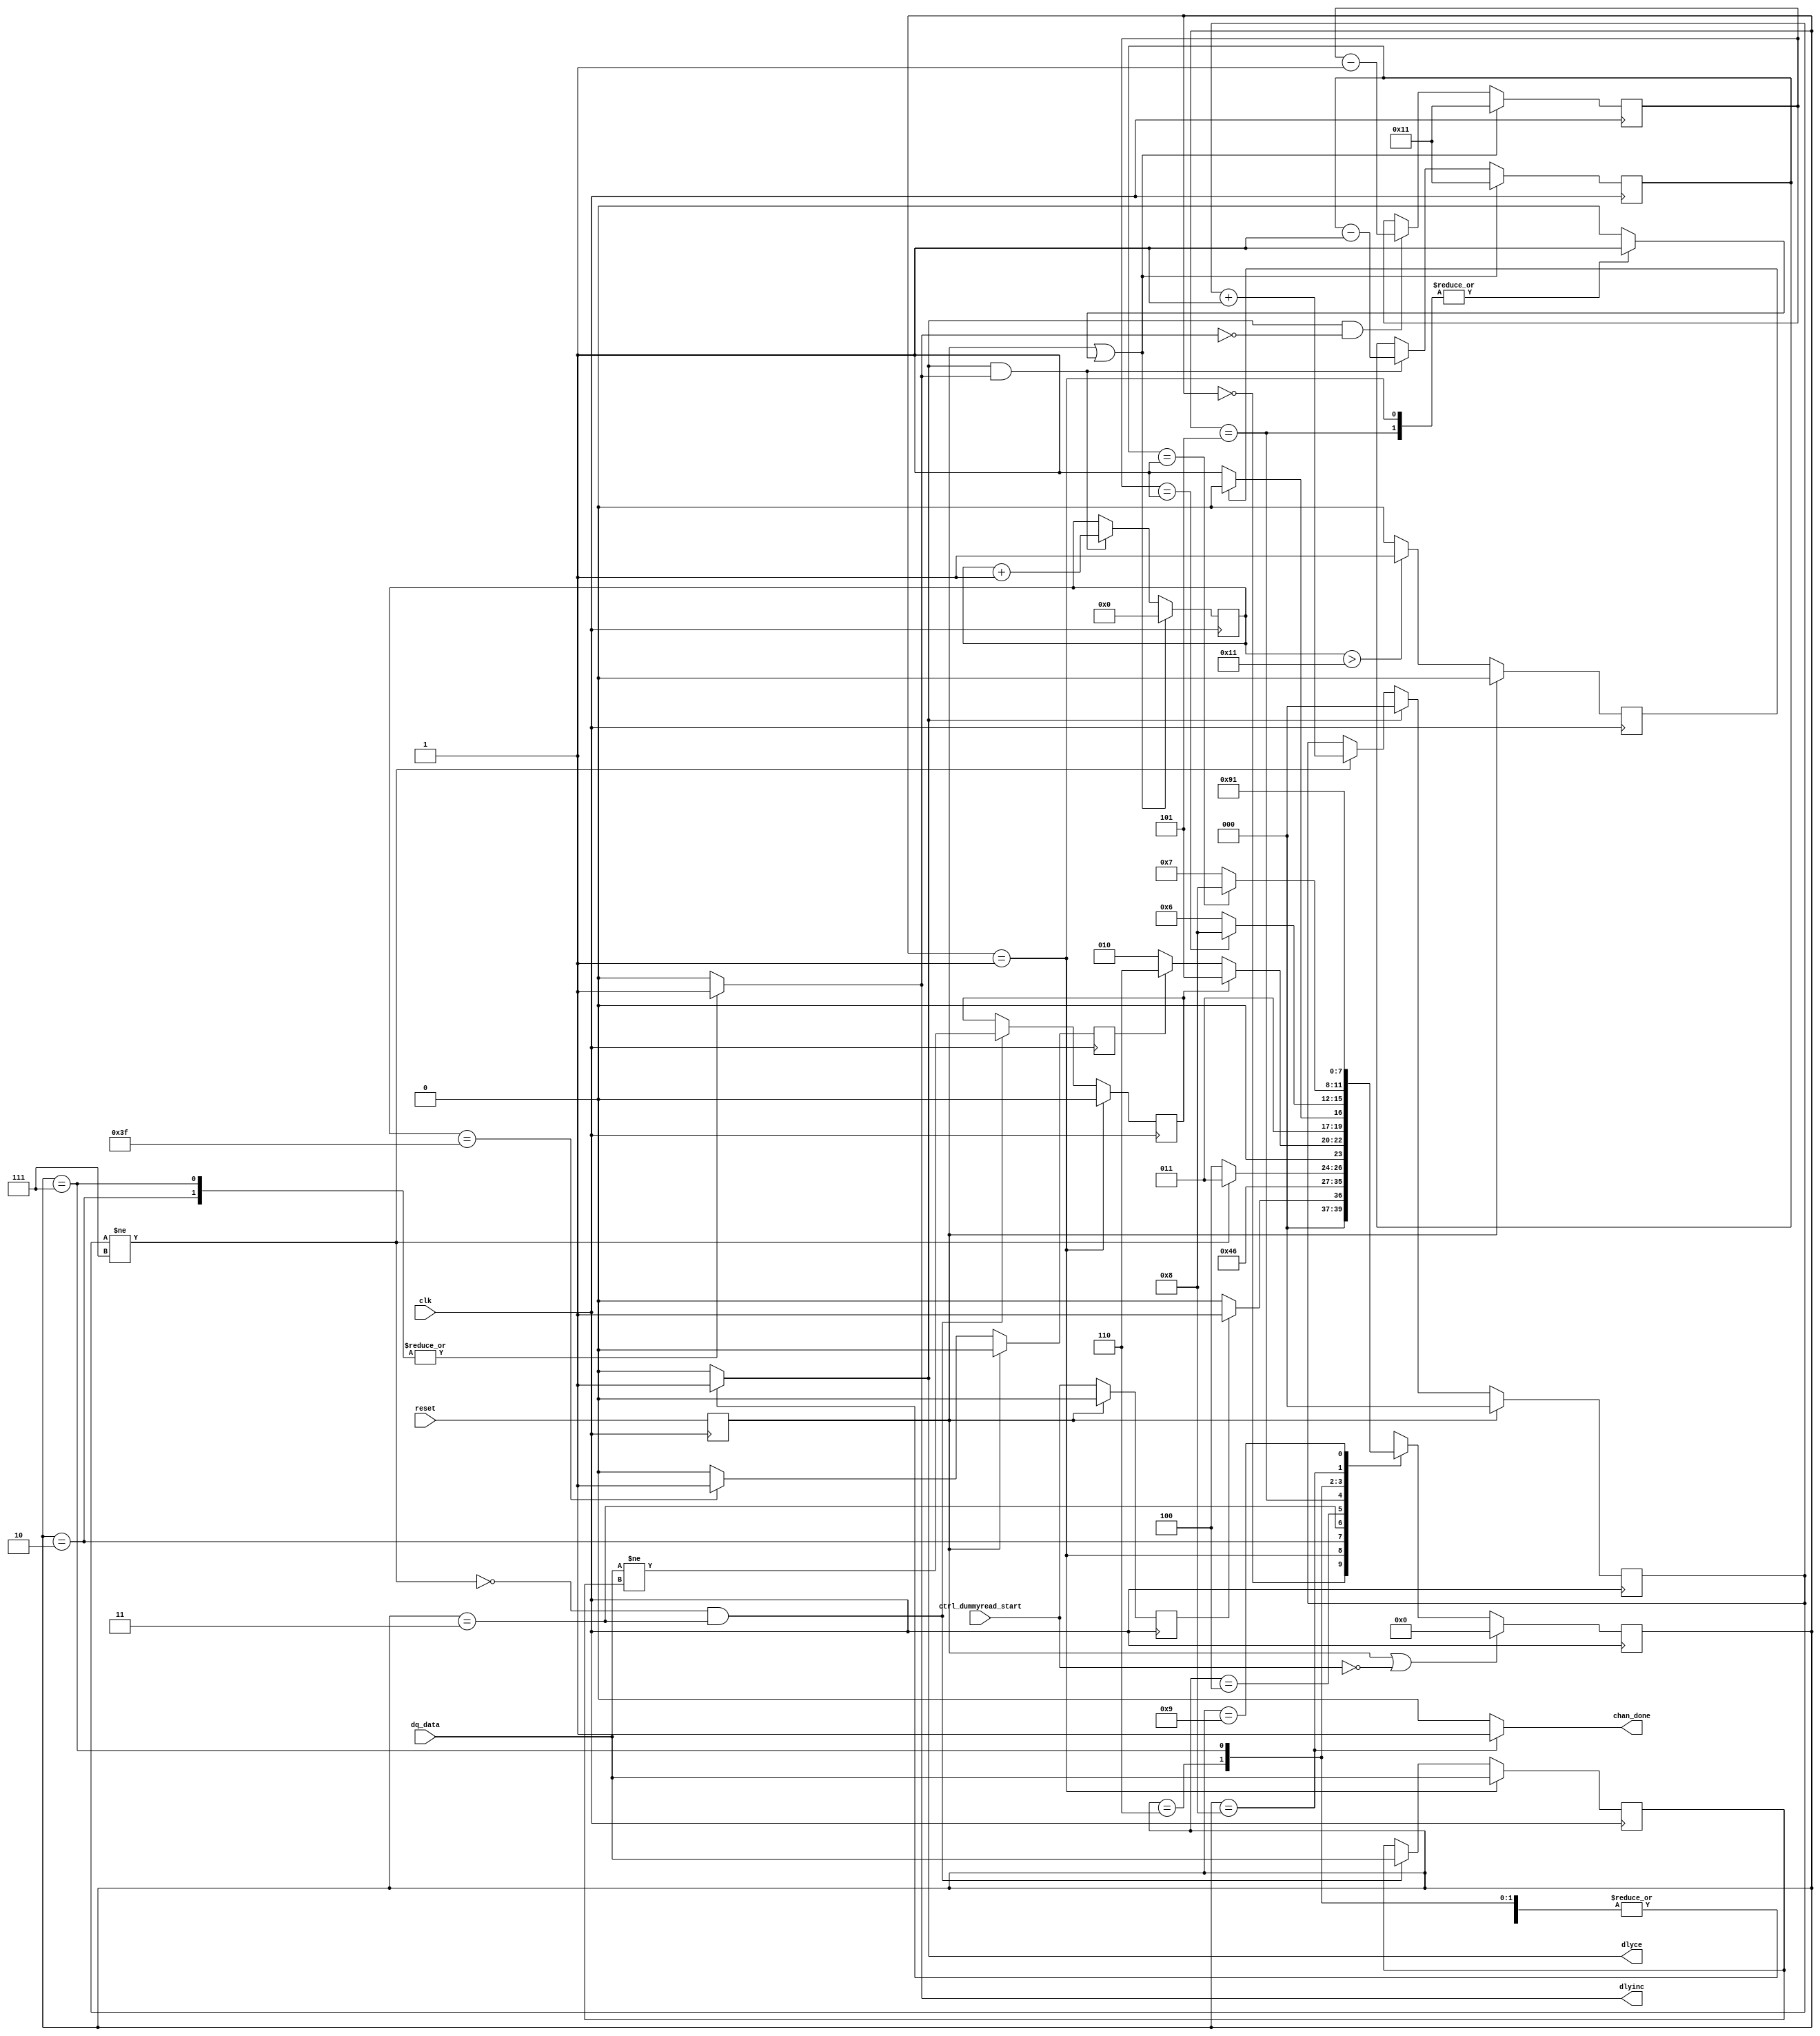
//-----------------------------------------------------------------------------
//-- (c) Copyright 2006 - 2009 Xilinx, Inc. All rights reserved.
//--
//-- This file contains confidential and proprietary information
//-- of Xilinx, Inc. and is protected under U.S. and
//-- international copyright and other intellectual property
//-- laws.
//--
//-- DISCLAIMER
//-- This disclaimer is not a license and does not grant any
//-- rights to the materials distributed herewith. Except as
//-- otherwise provided in a valid license issued to you by
//-- Xilinx, and to the maximum extent permitted by applicable
//-- law: (1) THESE MATERIALS ARE MADE AVAILABLE "AS IS" AND
//-- WITH ALL FAULTS, AND XILINX HEREBY DISCLAIMS ALL WARRANTIES
//-- AND CONDITIONS, EXPRESS, IMPLIED, OR STATUTORY, INCLUDING
//-- BUT NOT LIMITED TO WARRANTIES OF MERCHANTABILITY, NON-
//-- INFRINGEMENT, OR FITNESS FOR ANY PARTICULAR PURPOSE; and
//-- (2) Xilinx shall not be liable (whether in contract or tort,
//-- including negligence, or under any other theory of
//-- liability) for any loss or damage of any kind or nature
//-- related to, arising under or in connection with these
//-- materials, including for any direct, or any indirect,
//-- special, incidental, or consequential loss or damage
//-- (including loss of data, profits, goodwill, or any type of
//-- loss or damage suffered as a result of any action brought
//-- by a third party) even if such damage or loss was
//-- reasonably foreseeable or Xilinx had been advised of the
//-- possibility of the same.
//--
//-- CRITICAL APPLICATIONS
//-- Xilinx products are not designed or intended to be fail-
//-- safe, or for use in any application requiring fail-safe
//-- performance, such as life-support or safety devices or
//-- systems, Class III medical devices, nuclear facilities,
//-- applications related to the deployment of airbags, or any
//-- other applications that could lead to death, personal
//-- injury, or severe property or environmental damage
//-- (individually and collectively, "Critical
//-- Applications"). Customer assumes the sole risk and
//-- liability of any use of Xilinx products in Critical
//-- Applications, subject only to applicable laws and
//-- regulations governing limitations on product liability.
//--
//-- THIS COPYRIGHT NOTICE AND DISCLAIMER MUST BE RETAINED AS
//-- PART OF THIS FILE AT ALL TIMES.
//-----------------------------------------------------------------------------

`timescale 1ns/1ps

module v4_phy_tap_ctrl #
  (
   parameter integer tby4tapvalue = 17
   )
  (
   input         clk,
   input         reset,
   input         dq_data,
   input         ctrl_dummyread_start,
   output        dlyinc,
   output        dlyce,
   output        chan_done
   );

   // IDEL_SET_VAL = (# of cycles - 1) to wait after changing IDELAY value
   // we only have to wait enough for input with new IDELAY value to
   // propagate through pipeline stages
   localparam IDEL_SET_VAL = 3'b111;

   // Number of taps to be incremented or decremented after finding an edge.
   // i.e., min(32, T/4)
   localparam MAX_TAP_COUNT = (tby4tapvalue < 32) ? tby4tapvalue : 32;

   localparam    IDLE                = 4'h0;
   localparam    BIT_CALIBRATION     = 4'h1;
   localparam    INC                 = 4'h2;
   localparam    IDEL_WAIT           = 4'h3;
   localparam    EDGE                = 4'h4;
   localparam    EDGE_WAIT           = 4'h5;
   localparam    DEC                 = 4'h6;
   localparam    INC_TAPS            = 4'h7;
   localparam    DONE                = 4'h8;
   localparam    PIPE_WAIT           = 4'h9;

   reg           cal_detect_edge;
   reg           calib_start;
   reg [5:0]     curr_tap_cnt;
   reg [3:0]     current_state
                 /* synthesis syn_maxfan = 5 */;
   reg [5:0]     dec_tap_count;
   reg           dlyce_int;
   reg           dlyinc_int;
   reg           done_int;
   reg [5:0]     inc_tap_count;
   reg [2:0]     idel_set_cnt;
   wire          idel_set_wait;
   reg [3:0]     next_state
                 /* synthesis syn_maxfan = 5 */;
   reg           prev_dq;
   reg           reset_r1
                 /* synthesis syn_preserve=1 */;
   reg           tap_count_flag;
   reg           tap_count_rst;
   reg           tap_max_count_flag;

   //*******************************************************************

   // synthesis attribute equivalent_register_removal of reset_r1 is "no";
   always @( posedge clk )
     reset_r1 <= reset;

   assign dlyce = dlyce_int;
   assign dlyinc = dlyinc_int;

   // Asserted when per bit calibration complete
   assign chan_done = done_int;

   // Asserted when controller is issuing a dummy read
   always @(posedge clk)
     if (reset_r1)
       calib_start <= 1'b0;
     else
       calib_start <= ctrl_dummyread_start;

   //*******************************************************************
   // Per Bit calibration: DQ-FPGA Clock
   // Definitions:
   //  edge: detected when varying IDELAY, and current capture data != prev
   //    capture data
   // Algorithm Description:
   //  1. Starts at IDELAY tap 0 for each bit
   //  2. Increment DQ IDELAY until we find an edge.
   //  3. Once it finds an edge, decide whether its more accurate to
   //     increment or decrement by min(32, T/4).
   //  4. If no edge is found by tap 63, decrement to tap MAX_TAP_COUNT.
   //  5. Repeat for each DQ in current DQS set.
   //*******************************************************************

   // current state logic
   // synthesis attribute max_fanout of current_state is 5
   always @ (posedge clk)
     // If calibration finished, then halt state machine
     if (reset_r1 || !ctrl_dummyread_start)
       current_state <= IDLE;
     else
       current_state <= next_state;

   //*******************************************************************
   // signal to tell calibration state machines to wait and give IDELAY time to
   // settle after it's value is changed (both time for IDELAY chain to settle,
   // and for settled output to propagate through IDDR). For general use: use
   // for any calibration state machines that modify any IDELAY.
   // Should give at least enough time for IDELAY output to settle for new data
   // to propagate through IDDR.
   // For now, give very "generous" delay - doesn't really matter since only
   // needed during calibration
   //*******************************************************************

   assign idel_set_wait = (idel_set_cnt != IDEL_SET_VAL);

   always @(posedge clk)
     if (reset_r1)
       idel_set_cnt <= 3'b000;
     else if (dlyce_int)
       idel_set_cnt <= 3'b000;
     else if (idel_set_cnt != IDEL_SET_VAL)
       idel_set_cnt <= idel_set_cnt + 1;

   // Everytime the IDELAY is incremented when searching for edge of
   // data valid window, wait for some time for IDELAY output to settle
   // (IDELAY output can glitch), then sample the output. Then:
   //   1. Compare current value of DQ to PREV_DQ, if they are different
   //      then an edge has been found
   //   2. Set PREV_DQ = current value of DQ
   always @(posedge clk)
     // When first calibrating each individual bit, store the initial value
     // of data as PREV_DQ (i.e. initialize PREV_DQ - since it's possible to
     // find an edge immediately after the first incrementation of IDELAY)
     // NOTE: Make sure that during state BIT_CALIBRATION, that DQ_DATA
     //  reflects the current DQ being calibrated (i.e. does not reflect the
     //  previous DQ bit)
     if (current_state == BIT_CALIBRATION) begin
       prev_dq <= dq_data;
       cal_detect_edge <= 1'b0;
     end else if (!idel_set_wait && (current_state == IDEL_WAIT)) begin
       // Only update PREV_DQ once each time after IDELAY inc'ed - update
       // as we're done waiting for IDELAY to settle
       prev_dq         <= dq_data;
       cal_detect_edge <= (dq_data != prev_dq);
     end

   //*****************************************************************
   // keep track of edge tap counts found, and whether we've
   // incremented to the maximum number of taps allowed
   // curr_tap_cnt is reset for each bit
   //*****************************************************************

   always @(posedge clk)
      if(reset_r1 || tap_count_rst)
        curr_tap_cnt[5:0] <= 6'd0;
      else if((dlyce_int == 1'b1) && (dlyinc_int == 1'b1))
        curr_tap_cnt[5:0] <= curr_tap_cnt + 1;

   //*******************************************************************
   // Keeps track of tap counts to increment or decrement
   // by min(32, T/4) once it finds an edge.
   //*******************************************************************

   always @ (posedge clk)
     if (reset_r1 || tap_count_rst)
       dec_tap_count <= MAX_TAP_COUNT;
     else if ((dlyce_int == 1'b1) && (dlyinc_int == 1'b0))
       dec_tap_count <= dec_tap_count - 1;

   always @(posedge clk)
      if(reset_r1 || tap_count_rst)
        inc_tap_count[5:0] <= MAX_TAP_COUNT;
      else if((dlyce_int == 1'b1) && (dlyinc_int == 1'b1))
        inc_tap_count[5:0] <= inc_tap_count - 1;

   // Flag to decide whether its more accurate
   // to increment or decrement by min(32, T/4) after finding an edge.
   always @( posedge clk )
     if ( reset_r1 )
       tap_count_flag <= 1'b0;
     else if ( curr_tap_cnt > MAX_TAP_COUNT )
       tap_count_flag <= 1'b1;
     else
       tap_count_flag <= 1'b0;

   // Flag asserted, if edge not found and tap count reached maximum value
   always @( posedge clk )
     if ( reset_r1 )
       tap_max_count_flag <= 1'b0;
     else if ( curr_tap_cnt == 63 )
       tap_max_count_flag <= 1'b1;
     else
       tap_max_count_flag <= 1'b0;

   //*******************************************************************
   // Flags for taps to increment or decrement.
   // Flags for counters deassertion.
   //*******************************************************************

   always @ *  begin
      // default values, all these flags gets pulsed in different states
      dlyce_int = 1'b0;
      dlyinc_int = 1'b0;
      done_int = 1'b0;
      tap_count_rst = 1'b0;

      case (current_state)

        BIT_CALIBRATION: begin
           // Reset all tap counters before per bit calibration of each bit
           tap_count_rst = 1'b1;
        end

        INC: begin
           // Increment taps by one tap
           dlyce_int  = 1'b1;
           dlyinc_int = 1'b1;
        end

        EDGE_WAIT: begin
          // Reset all tap counters before per bit calibration of each bit
           tap_count_rst = 1'b1;
        end

        DEC: begin
           // Decrement taps by one tap
           dlyce_int  = 1'b1;
           dlyinc_int = 1'b0;
        end

        INC_TAPS: begin
           // Increment taps by one tap
           dlyce_int = 1'b1;
           dlyinc_int = 1'b1;
        end

        DONE: begin
          // Per bit calibration completed.
          done_int = 1'b1;
        end

      endcase
   end

   //*******************************************************************
   // Next State Logic
   //*******************************************************************

   // synthesis attribute max_fanout of next_state is 5
   always @ *
     case (current_state) // synthesis full_case parallel_case

       // Start per bit calibration after controller issues dummy read
       IDLE: begin
         if (calib_start)
           next_state = BIT_CALIBRATION;
         else
           next_state = IDLE;
       end

       // starts per bit calibration for each bit
       BIT_CALIBRATION: begin
         next_state = INC;
       end

       // increment by one tap value
       INC: begin
         next_state = IDEL_WAIT;
       end

       IDEL_WAIT: begin
         if (!idel_set_wait)
           // wait few clock cycles for IDELAY output to settle and
           // IDDR pipe to clear
           next_state = EDGE;
         else
           next_state = IDEL_WAIT;
       end

       EDGE: begin
         if (cal_detect_edge)
           // if edge found, increment or decrement by MAX_TAP_COUNT
           next_state = EDGE_WAIT;
         else if (tap_max_count_flag)
           // if edge not found, decrement by MAX_TAP_COUNT taps
           next_state = DEC;
         else
           next_state = INC;
       end

       EDGE_WAIT: begin
         if (tap_count_flag)
           // if edge found and taps incremented (curr_tap_cnt) to find
           // an edge are more than MAX_TAP_COUNT, decrement by MAX_TAP_COUNT.
           next_state = DEC;
         else
           // if edge found and taps incremented (curr_tap_cnt) to find
           // an edge are less than MAX_TAP_COUNT, increment by MAX_TAP_COUNT.
           next_state = INC_TAPS;
       end

       // Decrement by MAX_TAP_COUNT i.e., T/4 or 32
       DEC: begin
         if (dec_tap_count == 1)
           next_state = DONE;
         else
           next_state = DEC;
       end

       // Increment by MAX_TAP_COUNT i.e., T/4 or 32
       INC_TAPS: begin
         if (inc_tap_count == 1)
           next_state = DONE;
         else
           next_state = INC_TAPS;
       end

       // per bit calibration completed for one bit and continue for other bits
       DONE: begin
         next_state = PIPE_WAIT;
       end

       // wait extra clock cycle to allow MUX selector for which bit to
       // calibrate to take effect. Not needed in current design because all
       // MUX logic is combination, but include just in case later need to
       // add register stage for MUX logic for timing purposes
       PIPE_WAIT: begin
         next_state = BIT_CALIBRATION;
       end

     endcase

endmodule